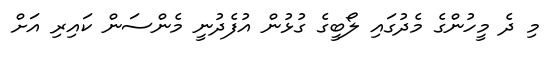
މި ދެ މީހުންގެ މެދުގައި ލޯބީގެ ގުޅުން އުފެދުނީ މެންސަން ކައިރި އަށް